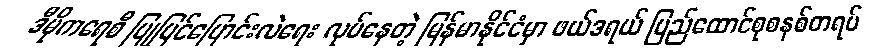
ဒီမိုကရေစီ ပြုပြင်ပြောင်းလဲရေး လုပ်နေတဲ့ မြန်မာနိုင်ငံမှာ ဖယ်ဒရယ် ပြည်ထောင်စုစနစ်တရပ်